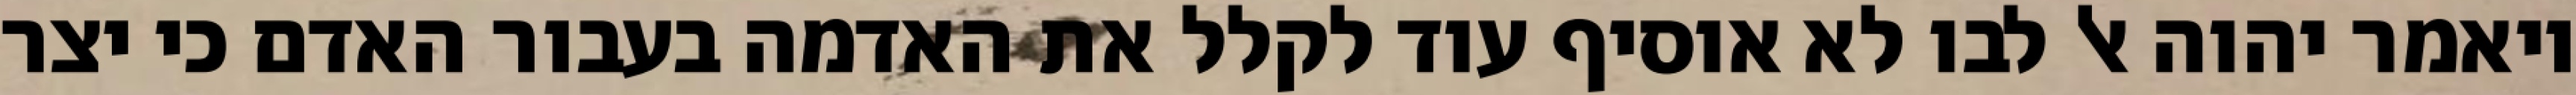
ויאמר יהוה אל לבו לא אוסיף עוד לקלל את האדמה בעבור האדם כי יצר